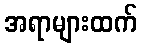
အရာများထက်